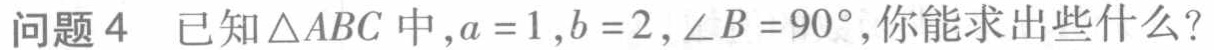
问题 4 已知\(\triangle ABC\)中，\(a = 1\)，\(b = 2\)，\(\angle B = 90^{\circ}\)，你能求出些什么？